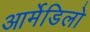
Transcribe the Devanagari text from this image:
आर्मेडिलो